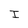
Character: I